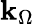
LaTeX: \mathbf{k}_{\Omega}